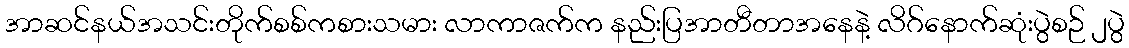
အာဆင်နယ်အသင်းတိုက်စစ်ကစားသမား လာကာဇက်က နည်းပြအာတီတာအနေနဲ့ လိဂ်နောက်ဆုံးပွဲစဉ် ၂ပွဲ